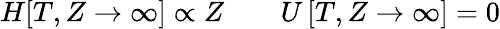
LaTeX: \begin{array}{rlr}{H[T,Z\to\infty]\propto Z}&{{}}&{U\left[T,Z\to\infty\right]=0}\end{array}